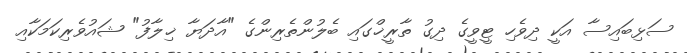
ސަޅިބައިސާ އަކީ ދިވެހި ޓީވީގެ ދިގު ތާރީޚްގައި ބެލުންތެރިންގެ "އާދަޔާ ޚިލާފު" ޝައުވެރިކަމަކާއި